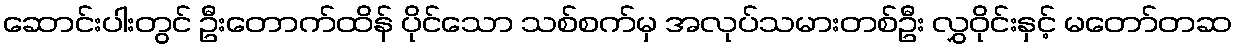
ဆောင်းပါးတွင် ဦးတောက်ထိန် ပိုင်သော သစ်စက်မှ အလုပ်သမားတစ်ဦး လွှဝိုင်းနှင့် မတော်တဆ